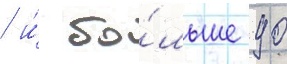
/ и́ бо́льше 90